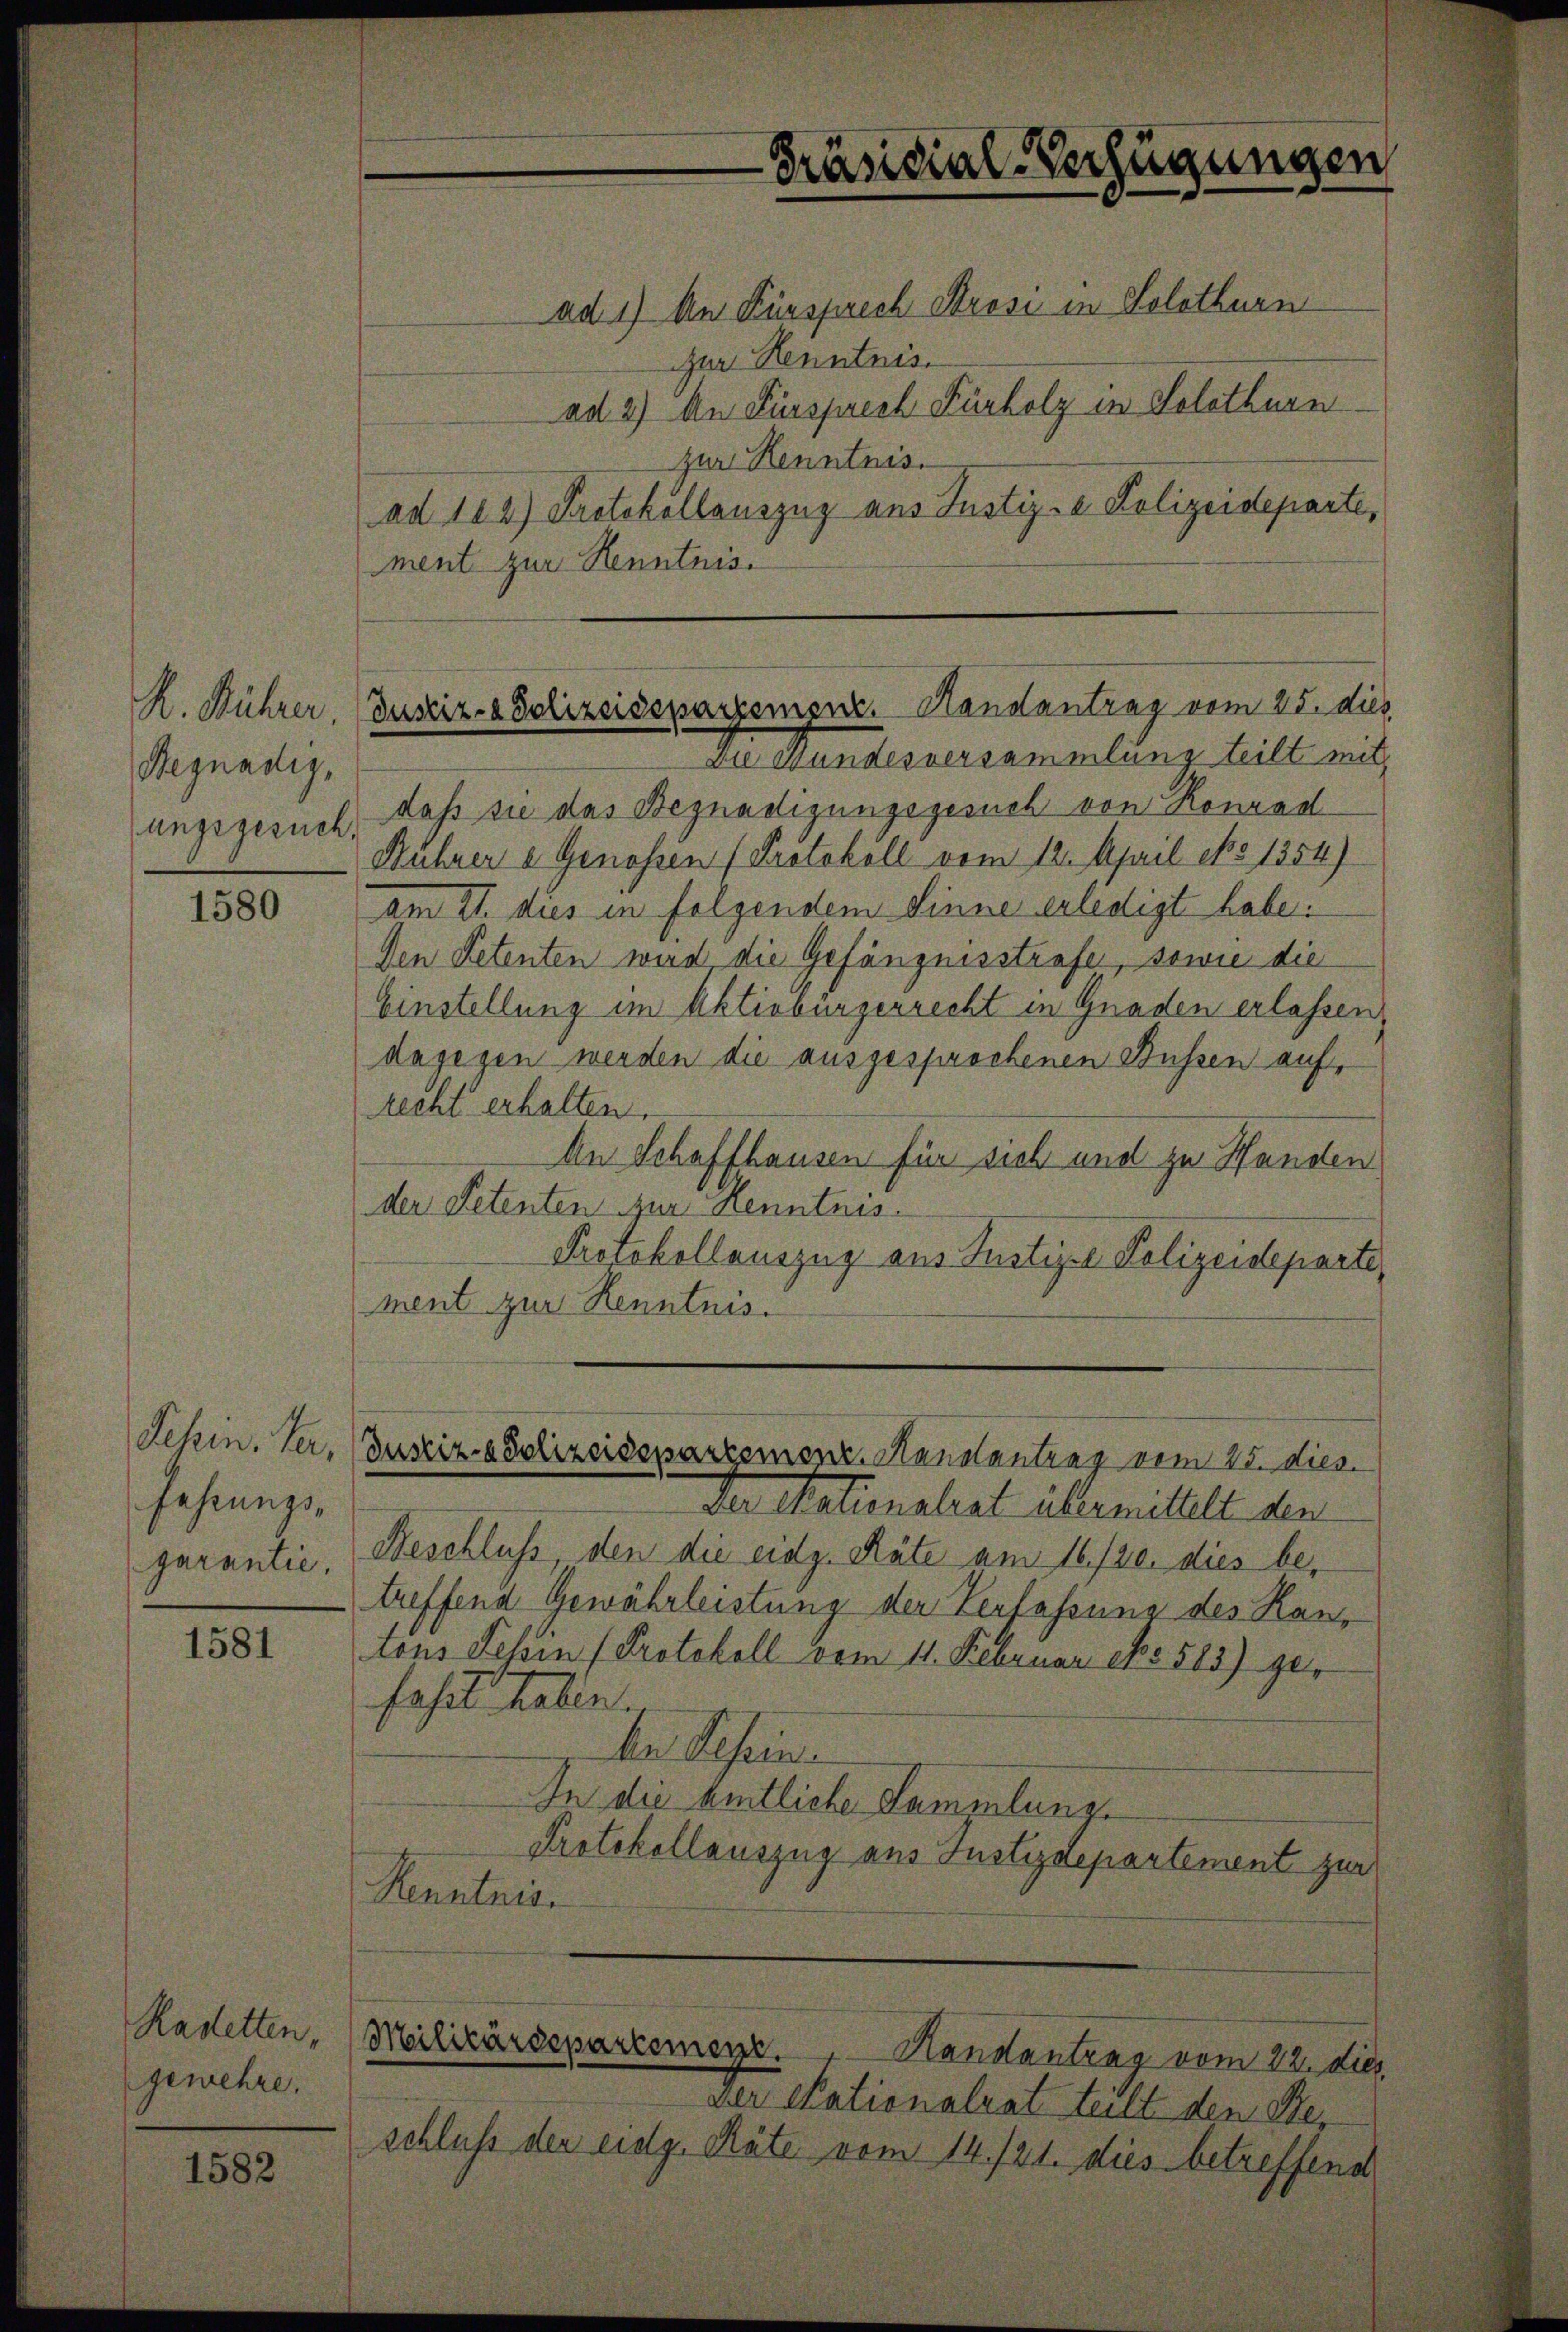
R. Rührer.
Regnadig,
ungsgesuch.

1580

Schin. Her
Fehrungsgarantie,

1581

Radetten,
gewehre.

1582

ad 1) An Fürsprech Strose in Solothurn
ur Kenntnis.
ad 2) An Fürsprech Fürkolz in Solothurn
zur Kenntnis.
ad 102) Protokollauszug aus Justiz- & Polizeideparte,
ment zur Kenntnis.

Dr Stundesversammlung teilt mit,
daß sie das Begnadigungsgesuch von Konrad
Rührer a Genossen (Protokoll vom 12. April ebo 1354)
am II. dies in folgendem Sinne erledigt habe.
Den Petenten wird die Gefängnisstrafe, sowie die
Einstellung im Aktivbürgerrecht in Gnaden erlassen,
dagegen werden die ausgesprochenen Bussen auf,
recht erhalten.
An Schaffhausen für sich und zu Handen
der Petenten zur Kenntnis.
Protokollauszug aus Justizze Polizeideparte,
ment zur Kenntnis.

Präsidial-Verfügungen

Justiz- & Polizeidepartement. Handantrag vom 25. dies

Justiz- & Polizeidepartement. Kanalantrag vom 25. dies

Der Stationalrat allermettelt den
Beschluss, den die eidg. Räte am 16./20. dies betreffend Gewährleistung der Verfassung des Kanrons Tessin (Protokoll vom 11. Februar 18513) ger
fast haben.
dr Tessin
In die amtliche Sammlung.
Protokollauszug aus Justizdepartement zur
Kenntnis.
Militärdepartement.
 Handantrag vom 22. dies
Der Nationalrat teilt den Beschluß der eidg. Räte vom 14./21. dies betreffend